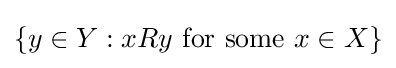
\{y\in Y:xRy{\text{ for some }}x\in X\}